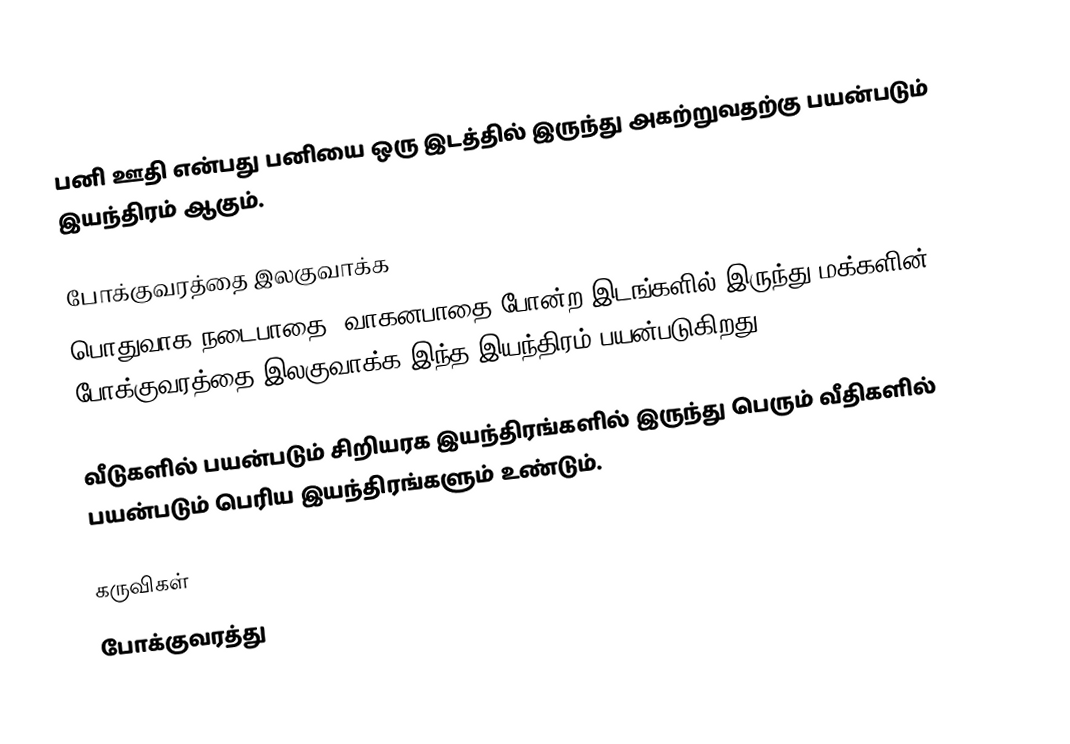
பனி ஊதி என்பது பனியை ஒரு இடத்தில் இருந்து அகற்றுவதற்கு பயன்படும் இயந்திரம் ஆகும்.

போக்குவரத்தை இலகுவாக்க
பொதுவாக நடைபாதை, வாகனபாதை போன்ற இடங்களில் இருந்து மக்களின் போக்குவரத்தை இலகுவாக்க இந்த இயந்திரம் பயன்படுகிறது.

வீடுகளில் பயன்படும் சிறியரக இயந்திரங்களில் இருந்து பெரும் வீதிகளில் பயன்படும் பெரிய இயந்திரங்களும் உண்டும்.

கருவிகள்
போக்குவரத்து